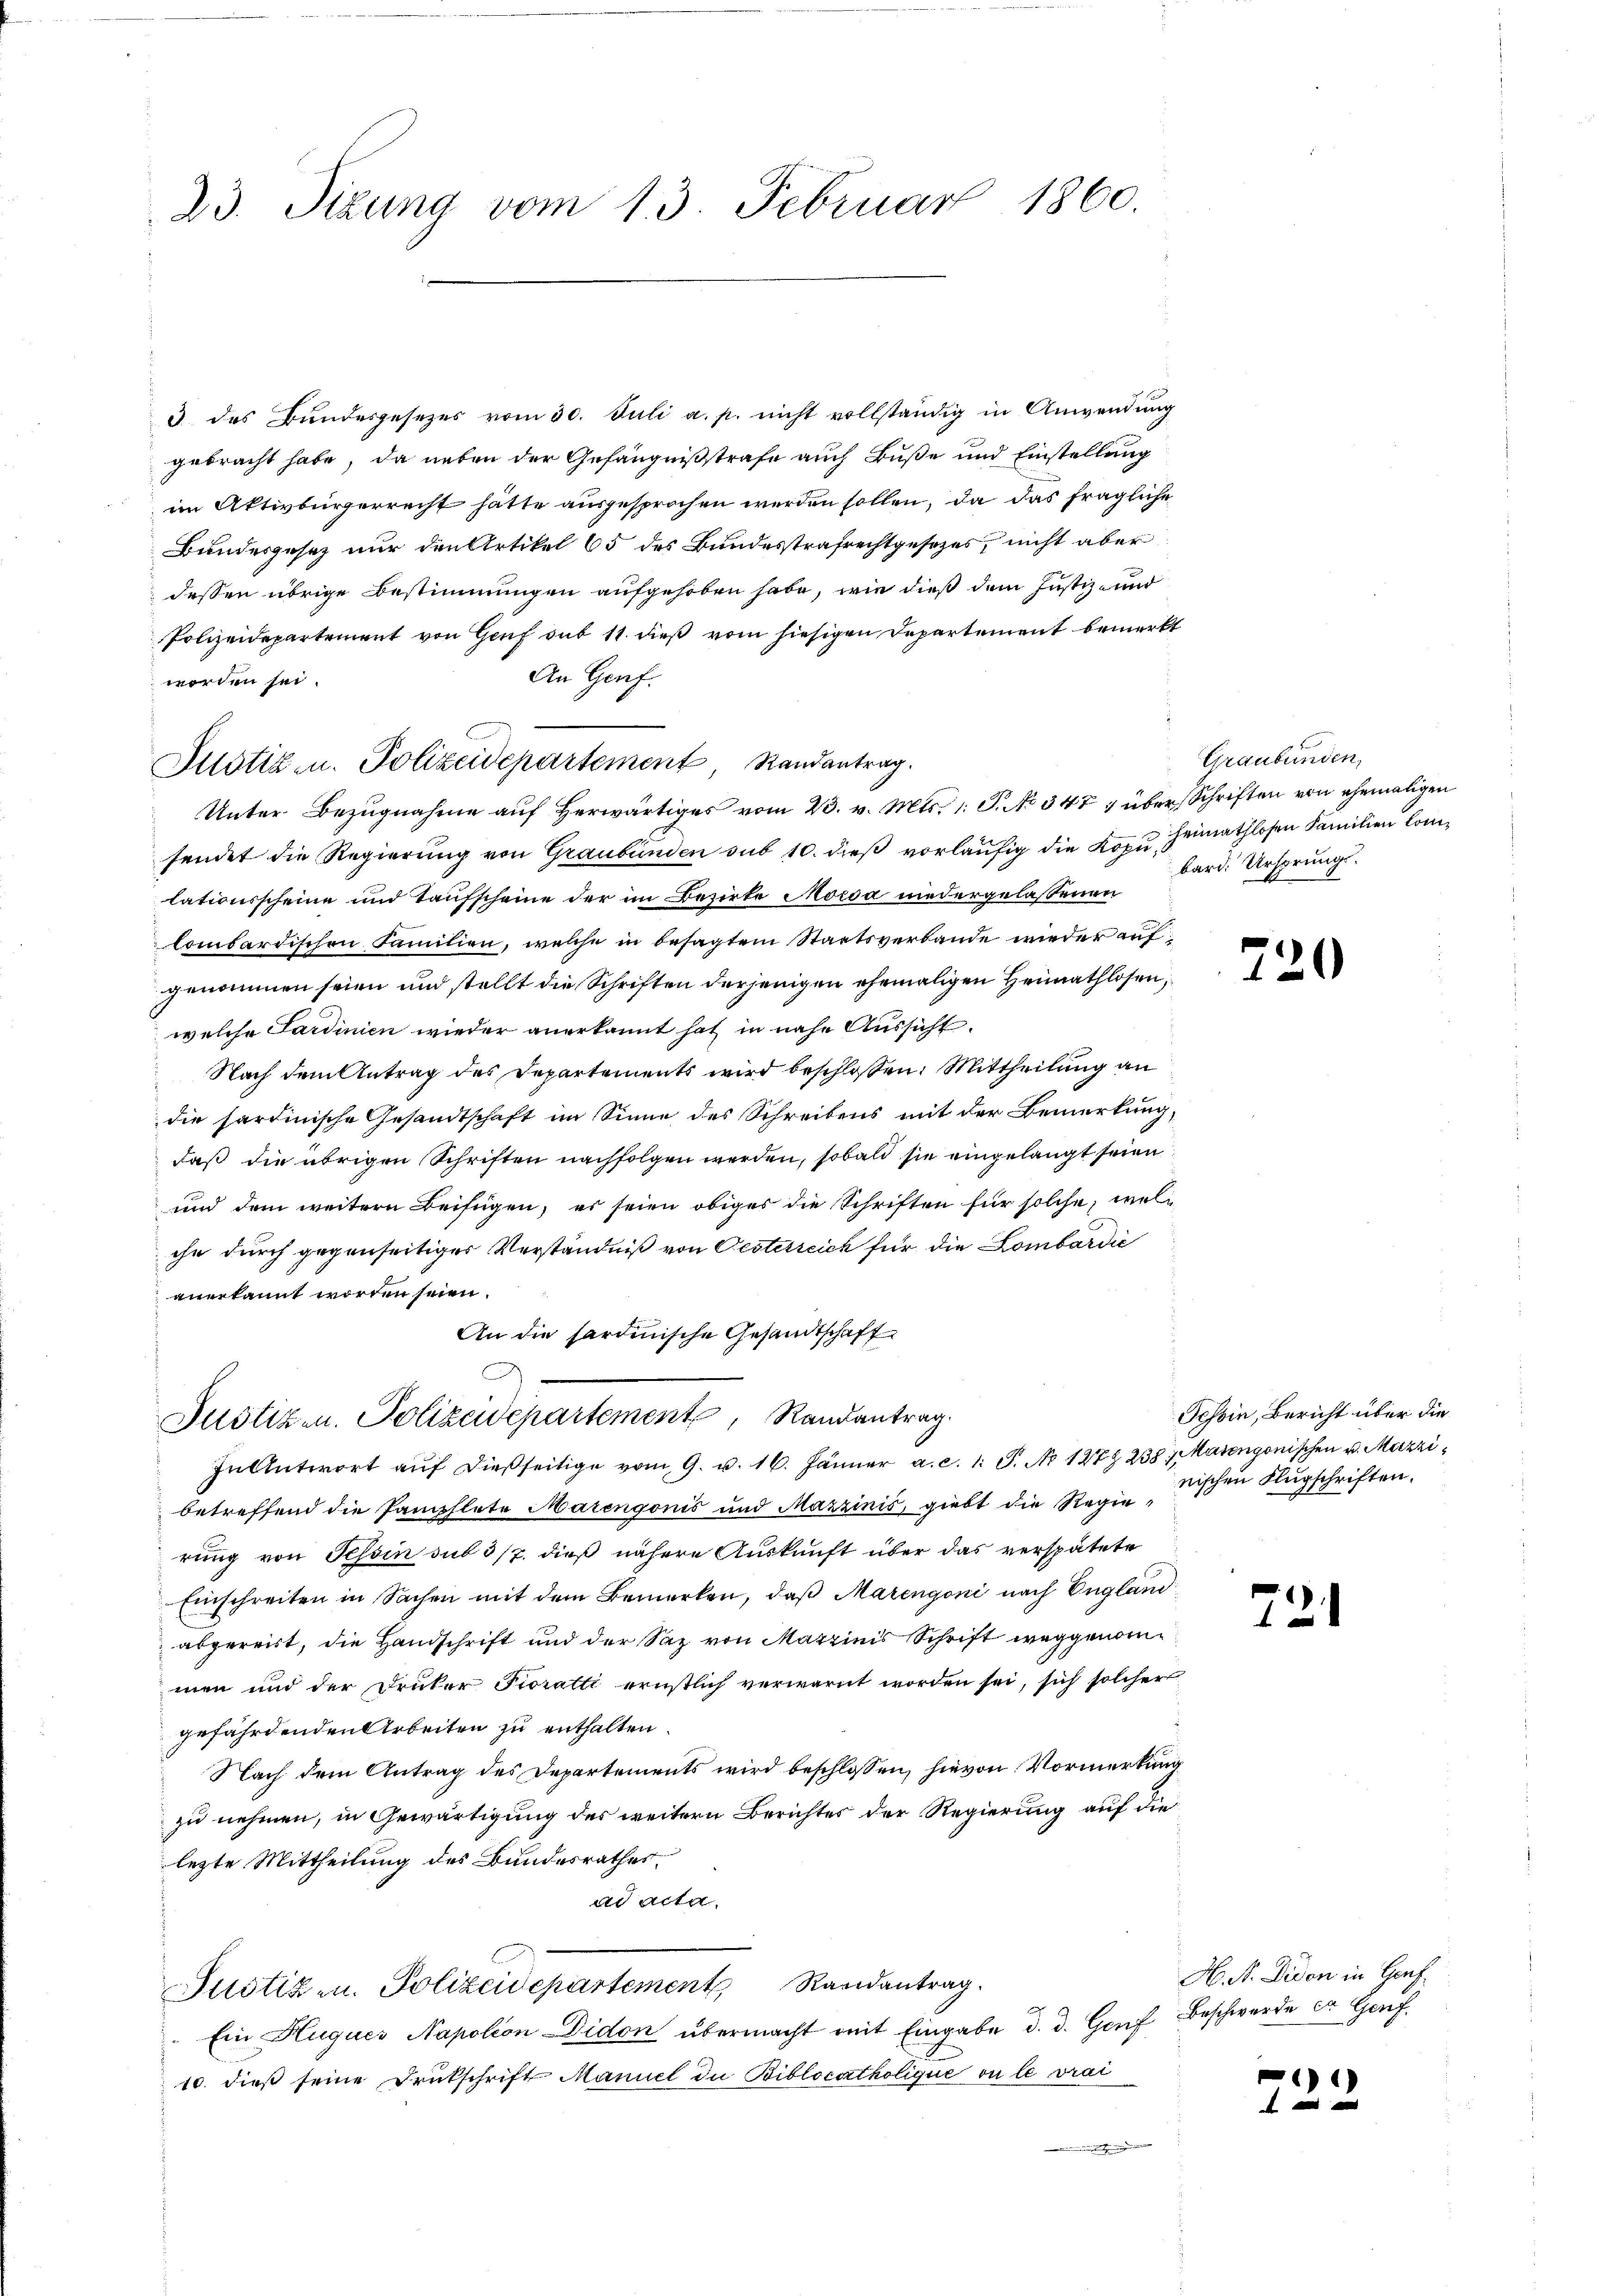
23. Sizung vom 13. Februar 1860.

3 des Bundesgesezes vom 30. Juli a. p. nicht vollständig in Anwendung
gebracht habe, da neben der Gefängnißstrafe auch Buße und Einstellung
im Aktivbürgerrecht hätte ausgesprochen werden sollen, da das fragliche
Bundesgesetz nur den Artikel 65 des Bundesstrafrechtgesetzes, nicht aber
dessen übrige Bestimmungen aufgehoben habe, wie dieß dem Justiz- und
Polizeidepartement von Genf sub 11. dieß vom hiesigen Departement bemerkt
An Genf
worden sei.
Unter Bezugnahme auf Herwärtiges vom 23. v. Mts. 1. P. No 347, über Schriften von ehemaligen
sendet die Regierung von Graubünden sub 10. dieß vorläufig die Kopu. Heimathlosen Familien Comlationsscheine und Taufscheine der im Bezirke Morda niedergelassenen
lombardischen Familien, welche in besagtem Staatsverbande wieder auf
genommen seien und stellt die Schriften derjenigen ehemaligen Heimathlosen,
welche Sardinien wieder anerkannt hat in nahe Aussicht.
Nach dem Antrag des Departements wird beschlossen: Mittheilung an
die hardinische Gesandtschaft im Sinne des Schreibens mit der Bemerkung,
daß die übrigen Schriften nachfolgen werden, sobald sie eingelangt seien
und dem weitern Beifügen, es seien obiges die Schriften für solche, welche durch gegenseitiges Verständniß von Oesterreich für die Lombardić
anerkannt worden seien.
An die sardinische Gesandtschaft
Justiz- u. Polizeidepartement Randantrag.
In Antwort aŭf dießseitige vom 9. u. 16. Jänner a. c. 1. P. No 127 238. Maiengonischen u. Mazzibetreffend die Pamphlete Marengonis und Mazzinić, giebt die Regierung von Tessin sub 5/7. dieß nähere Auskunft über das verspätete
Einschreiten in Sachen mit dem Bemerken, daß Marengoni nach England
abgereist, die Handschrift und der Saz von Marzinis Schrift weggenommen und der Druker Fioratti ernstlich verwarnt worden sei, sich solcher
gefährdenden Arbeiten zu enthalten.
Nach dem Antrag des Departements wird beschlossen, hievon Vormerkung
zu nehmen, in Gewärtigung des weitern Berichtes der Regierung auf die
lezte Mittheilung des Bundesrathes.
ad acta
Justiz- u. Polizeidepartement Randantrag.
Ein Huques Napolion-Didon übermacht mit Eingabe d. d. Genf, Beschwerde ca Genf
10. dieß seine Drukschrift Maniel die Biblocatholique ou le vrai

Justiz u. Polizeidepartement, Randantrag.

Graubünden,
bard. Ursprungs¬

720

Tessin, Bericht über die
nischen Flugschriften.

72

H. N. Diden in Genf

)